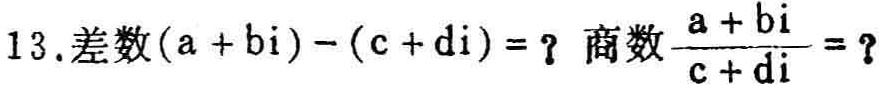
13.差数\((a + bi) - (c + di) = \)？商数\(\frac{a + bi}{c + di} =\)？